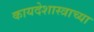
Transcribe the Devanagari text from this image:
कायदेशास्त्राच्या